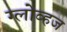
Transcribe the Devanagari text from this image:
ग्लोव्हज